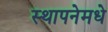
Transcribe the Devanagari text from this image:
स्थापनेमधे